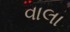
વાલા